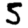
Digit: 5